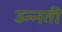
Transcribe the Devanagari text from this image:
उन्‍नती